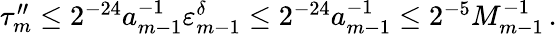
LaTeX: \begin{array}{r}{\tau_{m}^{\prime\prime}\leq 2^{-24}a_{m-1}^{-1}\varepsilon_{m-1}^{\delta}\leq 2^{-24}a_{m-1}^{-1}\leq 2^{-5}M_{m-1}^{-1}\, .}\end{array}